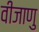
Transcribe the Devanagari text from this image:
वीजाणु